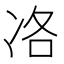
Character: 𠗂